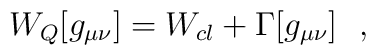
W_Q[g_{\mu\nu}]=W_{cl}+\Gamma [g_{\mu\nu}]~~,